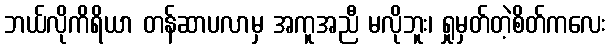
ဘယ်လိုကိရိယာ တန်ဆာပလာမှ အကူအညီ မလိုဘူး၊ ရှုမှတ်တဲ့စိတ်ကလေး